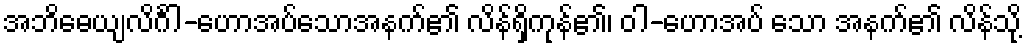
အဘိဓေယျလိင်္ဂါ-ဟောအပ်သောအနက်၏ လိန်ရှိကုန်၏၊ ဝါ-ဟောအပ် သော အနက်၏ လိန်သို့